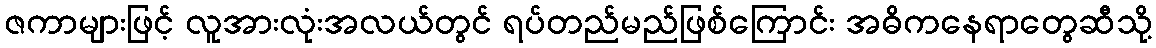
ဇကာများဖြင့် လူအားလုံးအလယ်တွင် ရပ်တည်မည်ဖြစ်ကြောင်း အဓိကနေရာတွေဆီသို့